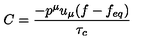
C = { \frac { - { p ^ { \mu } u _ { \mu } ( f - f _ { e q } ) } } { \tau _ { c } } }